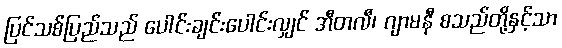
ပြင်သစ်ပြည်သည် ပေါင်းချင်းပေါင်းလျှင် အီတလီ၊ ဂျာမနီ စသည်တို့နှင့်သာ